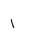
Letter: _alif